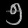
Digit: ၅